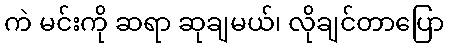
ကဲ မင်းကို ဆရာ ဆုချမယ်၊ လိုချင်တာပြော